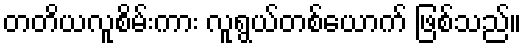
တတိယလူစိမ်းကား လူရွယ်တစ်ယောက် ဖြစ်သည်။